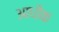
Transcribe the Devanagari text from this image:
आधीक